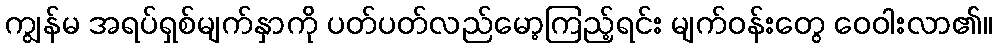
ကျွန်မ အရပ်ရှစ်မျက်နှာကို ပတ်ပတ်လည်မော့ကြည့်ရင်း မျက်ဝန်းတွေ ဝေဝါးလာ၏။